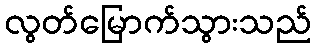
လွတ်မြောက်သွားသည်